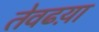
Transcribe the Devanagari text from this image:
तेवढय़ा